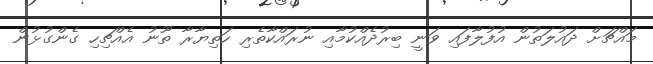
މައްޗަށް ދައުލަތުން އުފުލާފައި ވަނީ ބިރުދެއްކުމާއި ނުރައްކާތެރި ހަތިޔާރާ ތޫނު އެއްޗިހި ގެންގުޅުން